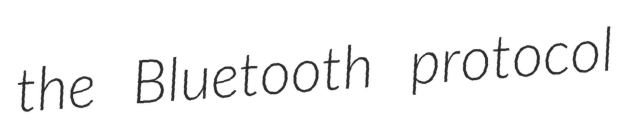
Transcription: the Bluetooth protocol